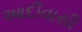
આદીવાસી